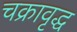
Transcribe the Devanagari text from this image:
चक्रावृद्ध